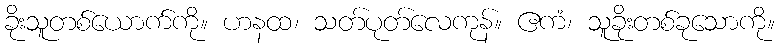
ခိုးသူတစ်ယောက်ကို။ ဟနထ၊ သတ်ပုတ်လေကုန်။ ဧကံ၊ သူခိုးတစ်ခုသောကို။